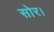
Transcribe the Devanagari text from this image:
सोर।